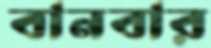
বানবার